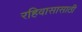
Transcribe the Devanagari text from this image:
रहिवासासाठी